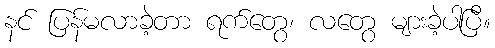
နင် ပြန်မလာခဲ့တာ ရက်တွေ၊ လတွေ များခဲ့ပါပြီ။